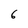
Character: 6